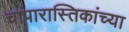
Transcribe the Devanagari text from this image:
चापारास्तिकांच्या